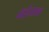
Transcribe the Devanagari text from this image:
पॅसेंजरला